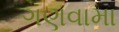
ગણવામા